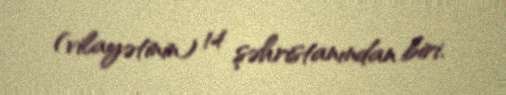
(vilayətinin) 14 şəhristanından biri.